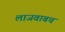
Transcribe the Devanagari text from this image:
लाजवाबच